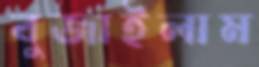
বুজাইলাম